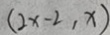
( 2 x - 2 , x )